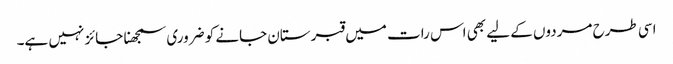
اسی طرح مردوں کے لیے بھی اس رات میں قبرستان جانے کو ضروری سمجھنا جائز نہیں ہے۔